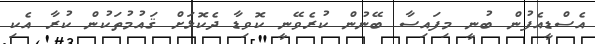
އެސްޑީއެފުން ބުނީ މިފައިސާ ބޭނުން ކުރެވޭނީ ކޮވިޑާ ދެކޮޅަށް ޤައުމުތަކުން ކުރާ އެކި